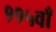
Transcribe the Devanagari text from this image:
११५वाँ